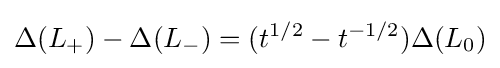
\Delta (L_{+})-\Delta (L_{-})=(t^{1/2}-t^{-1/2})\Delta (L_{0})